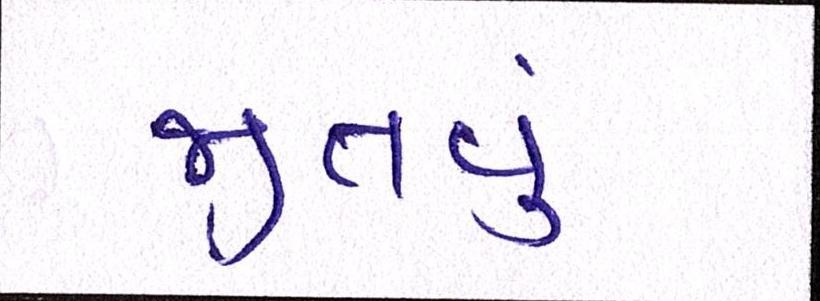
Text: જીતવું